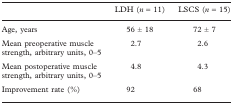
|  | LDH (n = 11) | LSCS (n = 15) |
 | --- | --- | --- |
 | Age, years | 56 ± 18 | 72 ± 7 |
 | Mean preoperative muscle strength, arbitrary units, 0–5 | 2.7 | 2.6 |
 | Mean postoperative muscle strength, arbitrary units, 0–5 | 4.8 | 4.3 |
 | Improvement rate (%) | 92 | 68 |